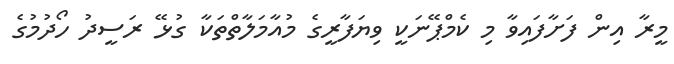
މީރާ އިން ފަށާފައިވާ މި ކެމްޕޭނަކީ ވިޔަފާރީގެ މުއާމަލާތްތަކާ ގުޅޭ ރަސީދު ހޯދުމުގެ